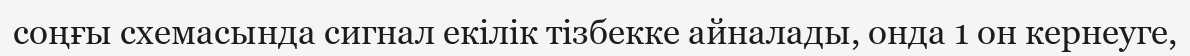
соңғы схемасында сигнал екілік тізбекке айналады, онда 1 он кернеуге,